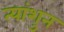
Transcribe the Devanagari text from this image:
त्यांशुन